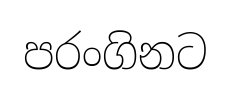
පරංගිනට